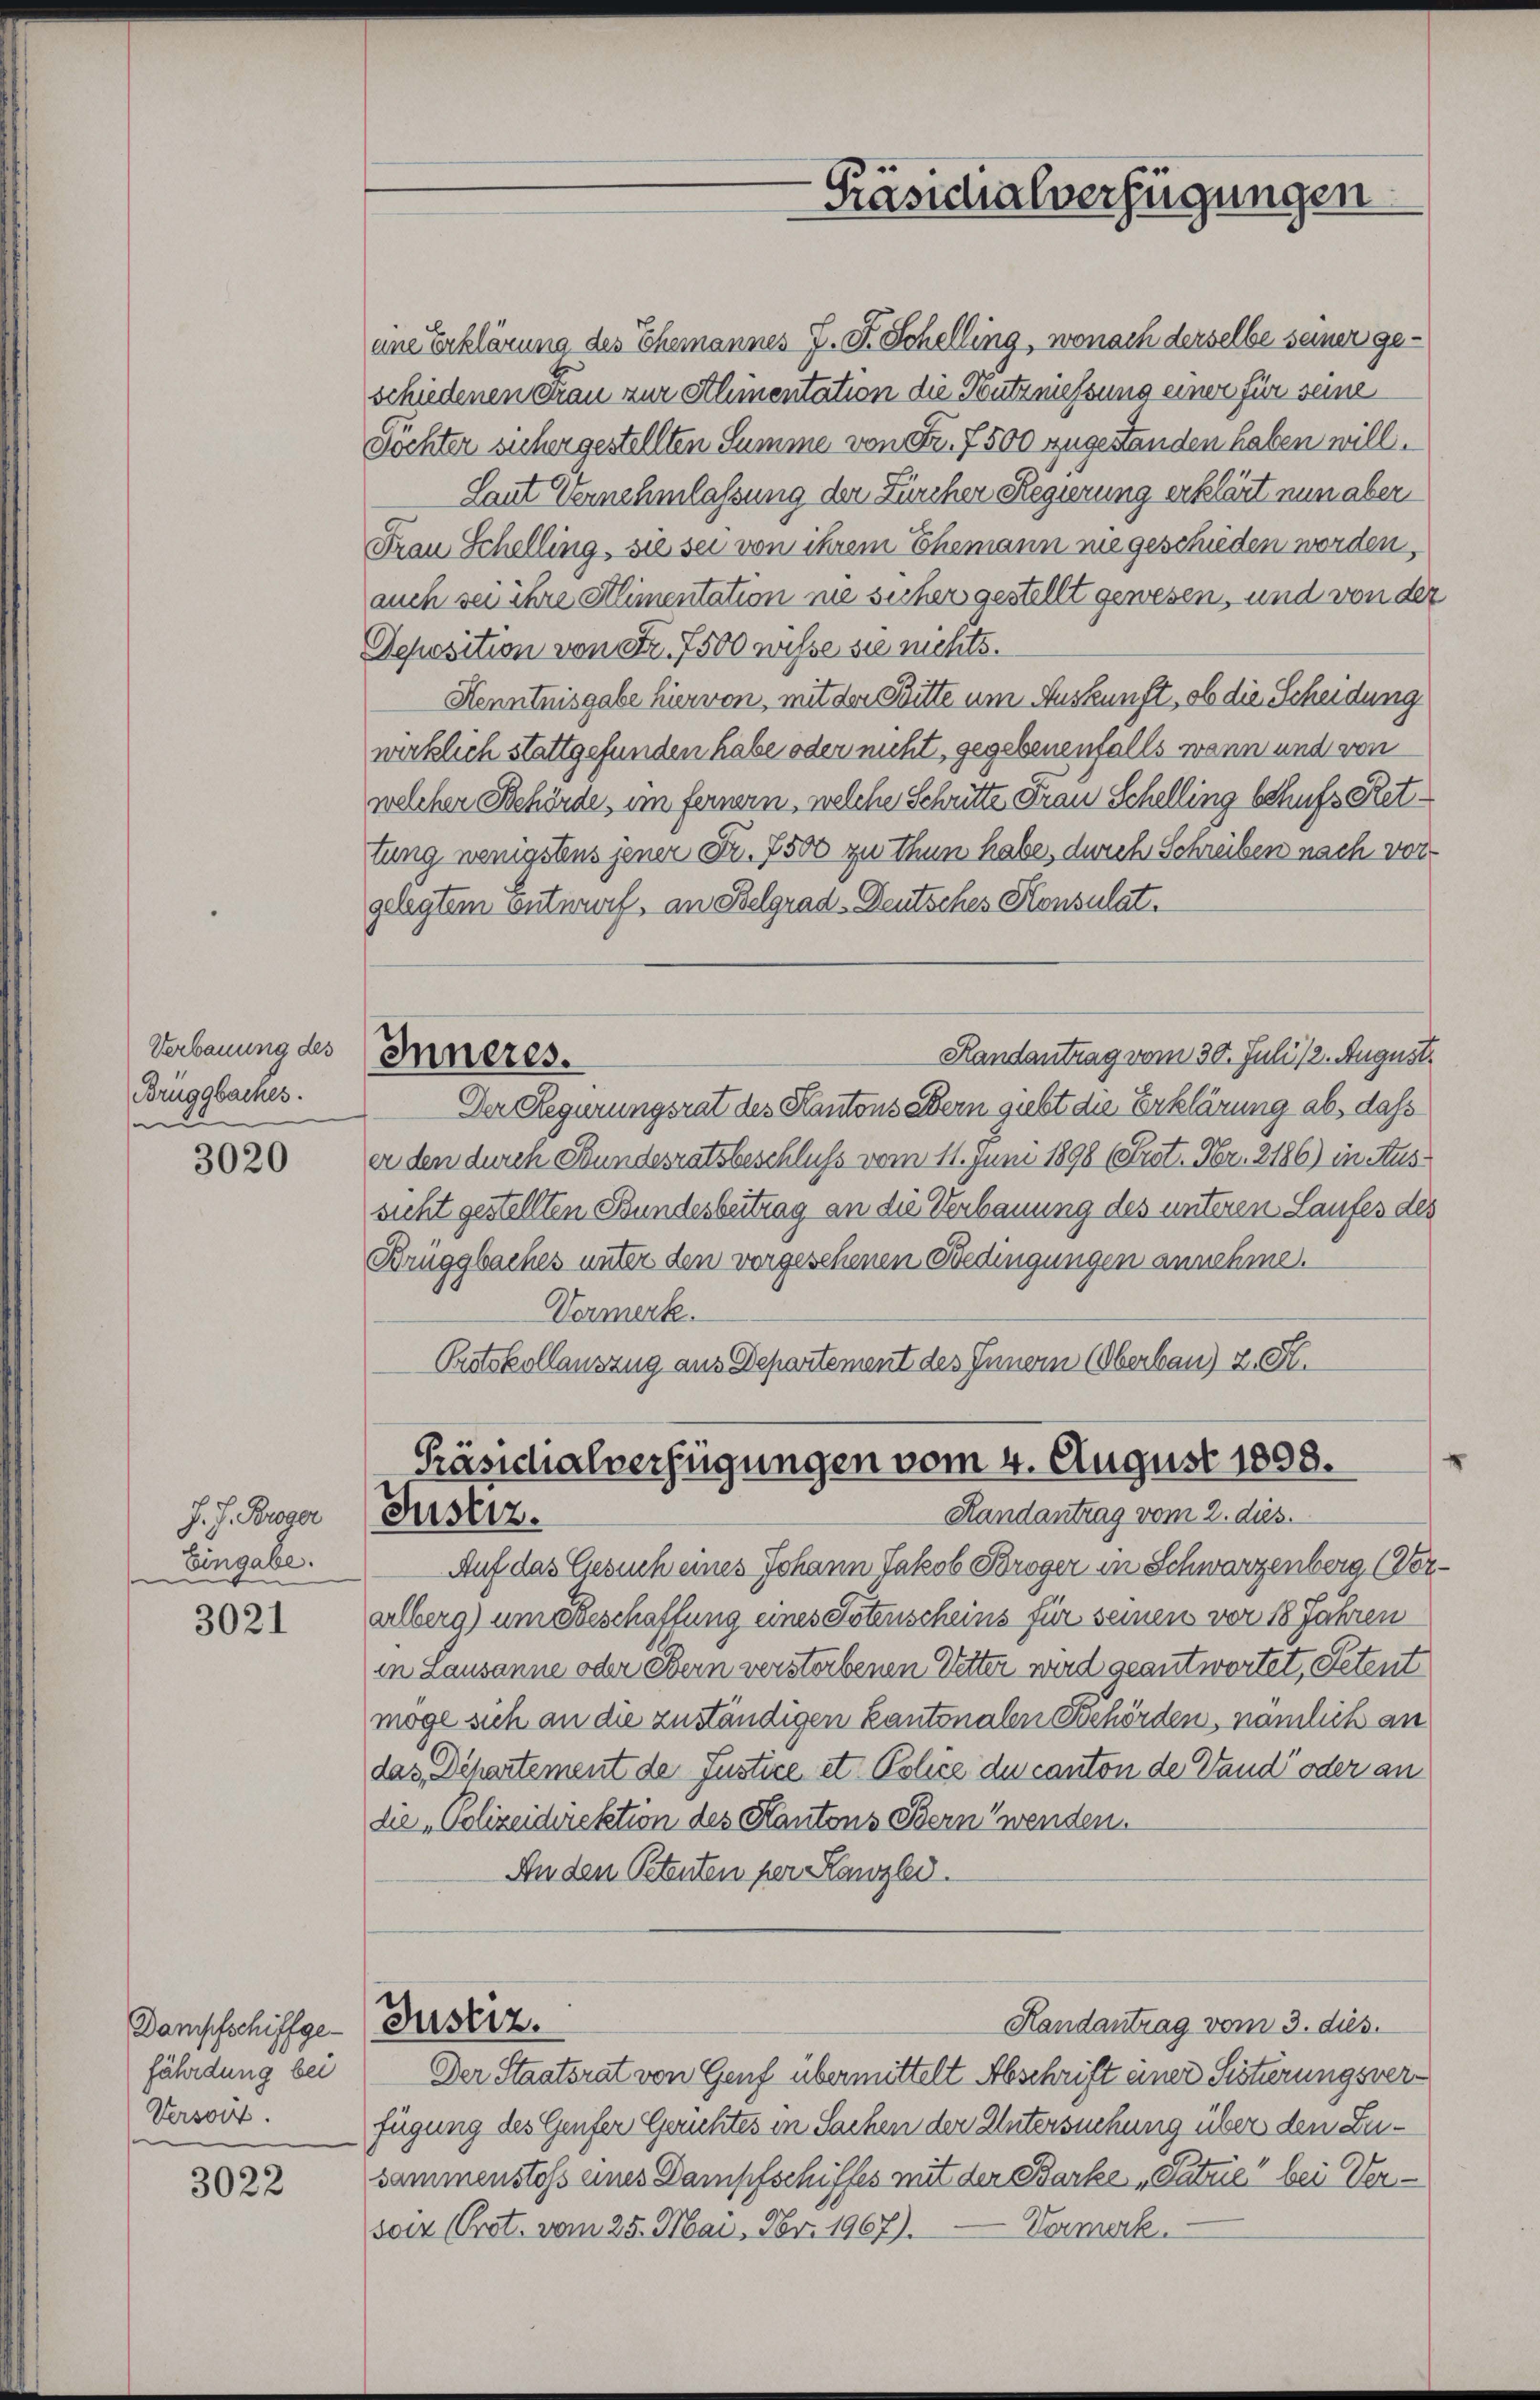
Verbauung des
Brüggbaches.
i

3020

J. J. Broger
Eingabe.
s

3021

Dampfschiffgefährdung bei
Versort.

3022

ene Erklärung des Ehemannes J. F. Schelling, wonach derselbe seiner geschiedenen Frau zur Alimentation die Nutzniessung einer für seine
Töchter sicher gestellten Summe von Fr. 7500 zugestanden haben will.
Laut Vernehmlassung der Fürcher Regierung erklärt nun aber
Frau Schelling, sie sei von ihrem Ehemann nie geschieden worden,
auch sei ihre Alimentation nie sicher gestellt gewesen, und von der
Deposition von Fr. 7500 wisse sie nichts.
Henntnisgabe hiervon, mit der Bitte um Auskunft, ob die Scheidung
wirklich stattgefunden habe oder nicht, gegebenenfalls wann und von
welcher Behörde, im fernern, welche Schritte Frau Schelling behufs Rettung wenigstens jener Fr. 7500 zu thun habe, durch Schreiben nach vor
gelegtem entwurf, an Belgrad Deutsches Konsulat.
Handantrag vom 30. Juli/2. August.
Inneres.
Der Regierungsrat des Kantons Bern giebt die Erklärung ab, dass
er den durch Stundesratsbeschluss vom 11. Juni 1898 (Prot. Fr. 2186) in Aussicht gestellten Bundesbeitrag an die Verbauung des unteren Laufes des
Brüggbaches unter den vorgesehenen Bedingungen annehme.
Vormerk.
Protokollauszug aus Departement des Innern (Oberbau) z. St.

Präsidialverfügungen vom 4. August 1808.
Randantrag vom 2. dies.
Justiz.

Präsidialverfügungen

Auf das Gesuch eines Johann Jakob Boroger in Schwarzenberg (Voralberg) um Beschaffung eines Totenscheins für seinen von 18 Jahren
in Lausanne oder Bern verstorbenen Vetter wird geantwortet, Petent
möge sich an die zuständigen kantonalen Behörden, nämlich an
das, Departement de Justice et Police du canton de Vaud“ oder an
de Polizeidirektion des Kantons Bern wenden.
An den Petenten per Kanzlei.
Justiz.
Handantrag vom 3. dies
Der Staatsrat von Genf übermittelt Abschrift einer Sistierungsverfügung des Genfer Gerichtes in Sachen der Untersuchung über den Zusammenstoss eines Dampfschiffes mit der Barke „Satzie“ bei Ver¬
Vormerk.
soin (Prot. vom 25. Mai, Fr. 1967).